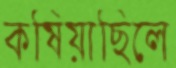
কষিয়াছিলে